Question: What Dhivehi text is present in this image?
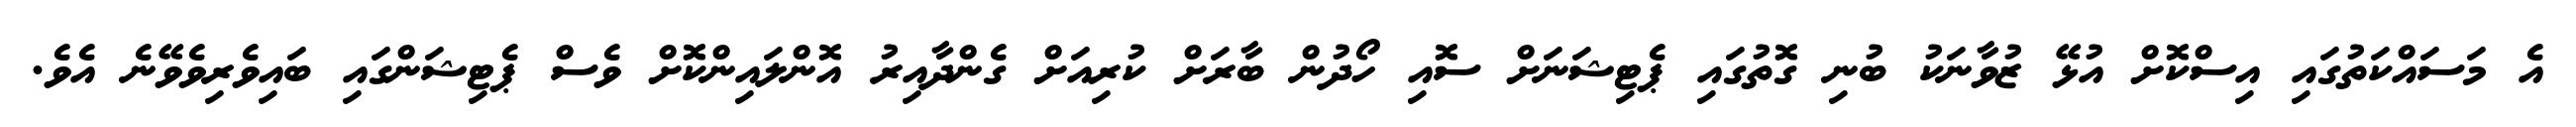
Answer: އެ މަސައްކަތުގައި އިސްކޮށް އުޅޭ ޒުވާނަކު ބުނި ގޮތުގައި ޕެޓިޝަނަށް ސޮއި ހޯދުން ބާރަށް ކުރިއަށް ގެންދާއިރު އޮންލައިންކޮށް ވެސް ޕެޓިޝަންގައި ބައިވެރިވެވޭނެ އެވެ.